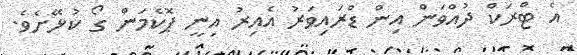
އެ ޓްރަކް ދުއްވަން އިން ޑްރައިވަރު އެއިރު އިނީ ޕޮކެމަން ގޯ ކުޅޭށެވެ.